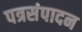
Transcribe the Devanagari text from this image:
पत्रसंपादन